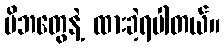
မိဘတွေနဲ့ ထားခဲ့ရပါတယ်။